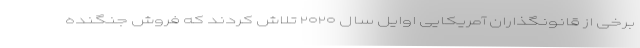
برخی از قانونگذاران آمریکایی اوایل سال ۲۰۲۰ تلاش کردند که فروش جنگنده